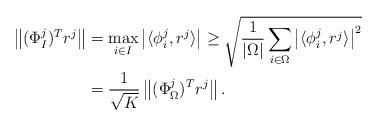
LaTeX: \begin{align*}\begin{aligned}\left\| (\Phi^j_I)^Tr^j\right\| &= \max_{i \in I}\left| \langle \phi^j_i,r^j\rangle\right| \geq \displaystyle\sqrt{\frac{1}{|\Omega|}\sum_{i \in \Omega}\left|\langle\phi^j_i,r^j\rangle\right|^2}\\&=\frac{1}{\sqrt{K}}\left\|(\Phi^j_{\Omega})^Tr^j\right\|.\end{aligned}\end{align*}